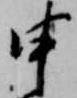
申